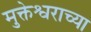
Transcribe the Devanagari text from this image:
मुक्तेश्वराच्या